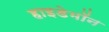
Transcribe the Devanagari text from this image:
हाइडेमॉन